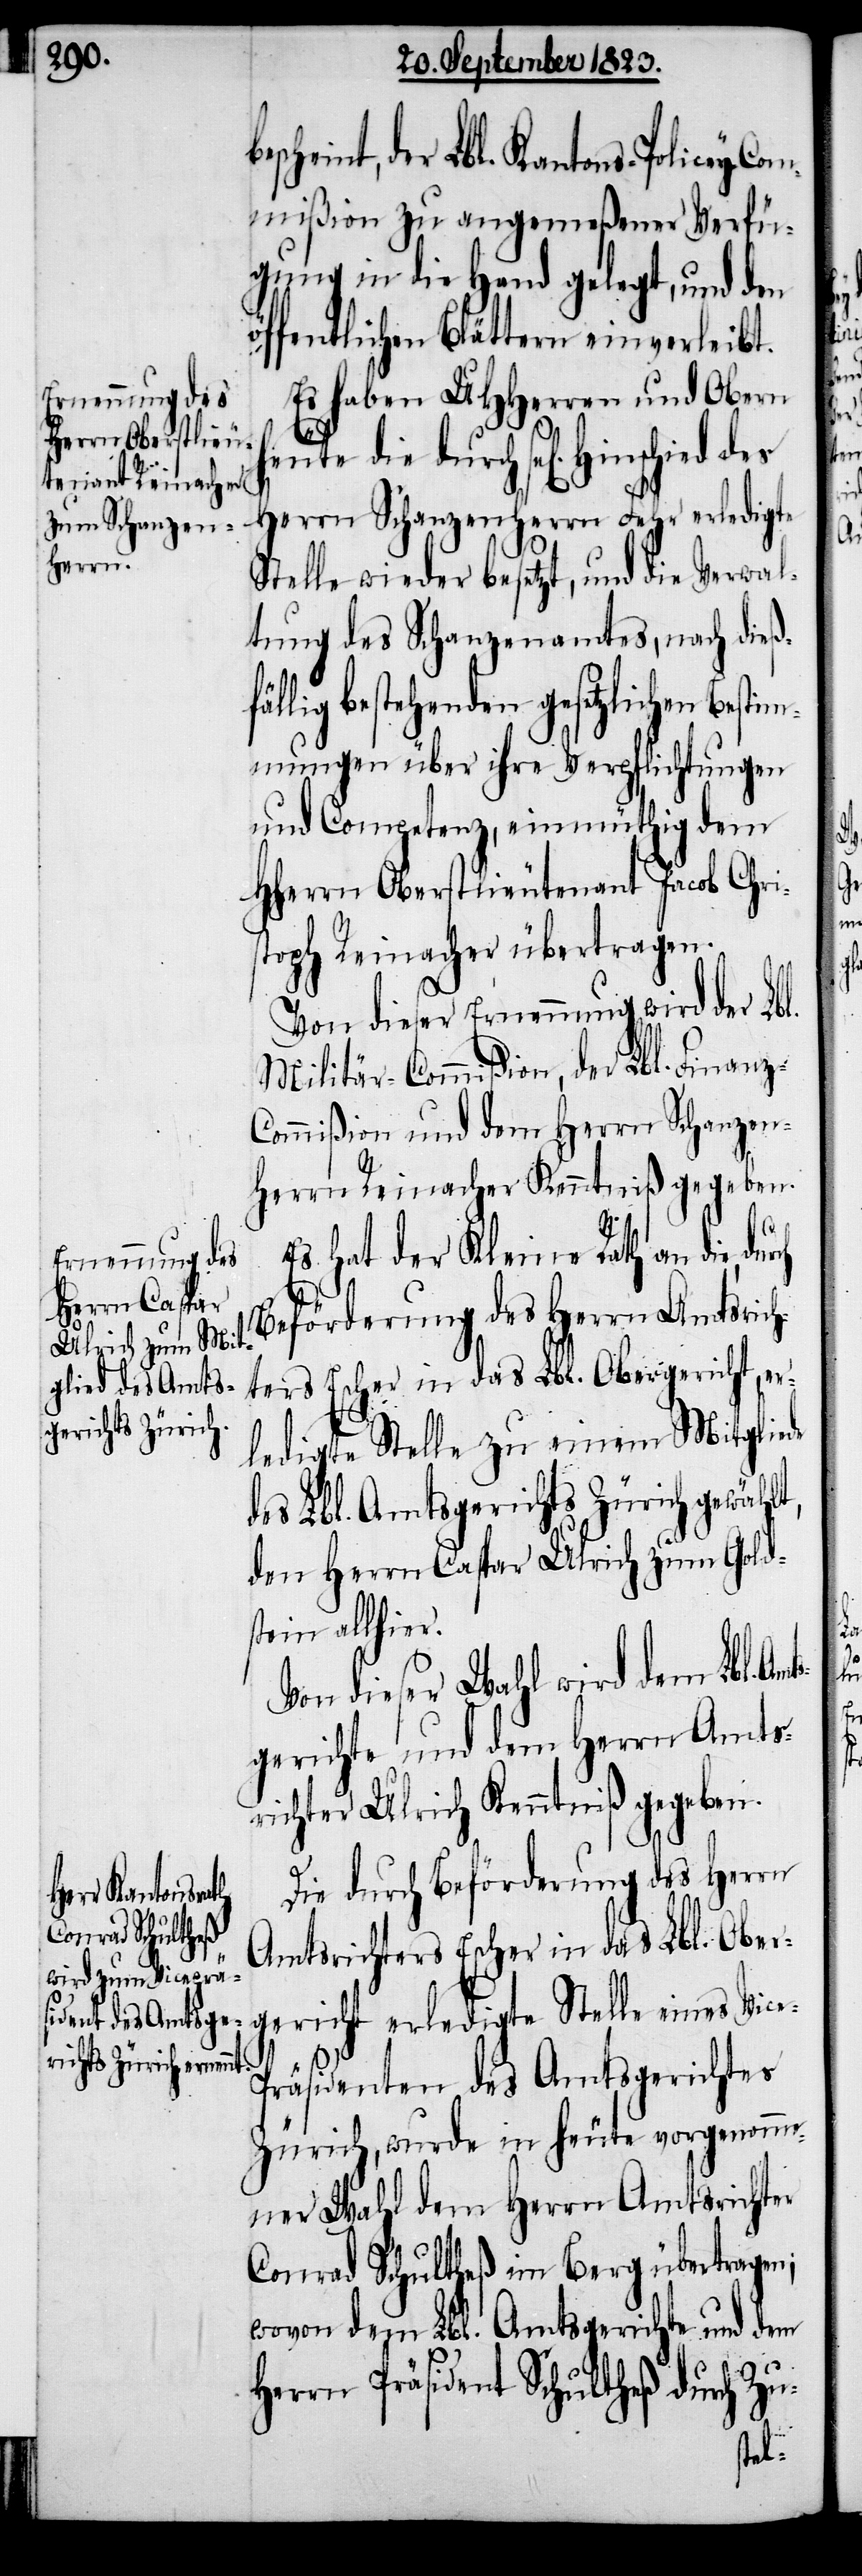
scheint, der Lbl. Kantons-Policey-Com¬
mißion zu angemeßener Verfü¬
gung in die Hand gelegt, und den
ffentlichen Blättern einverleibt.
Es haben UHHerren und Obern
eute die durch sel[igen] Hinschied
Herrn Schanzenherrn Fehr erledigte
Stelle wieder besetzt, und die Verwal¬
tung des Schanzenamtes, nach dieß¬
fällig bestehenden gesetzlichen Bestim¬
mungen über ihre Verpflichtungen
und Competenz, einmüthig dem
Hherrn Oberstlieutenant Jacob Chris¬
toph Reinacher übertragen.
Von dieser Ernennung wird der Lb¬
Militär-Commißion, der Lbl. Finanz-C¬
ommißion und dem Herrn Schanzen¬
herrn Reinacher Kenntniß gegeben.
e-P¬
Es hat der Kleine Rath an die,
Beförderung des Herrn Amtsrich¬
ters Escher in das Lbl. Obergericht, er¬
ledigte Stelle zu einem Mitgliede
des Lbl. Amtsgerichts Zürich gewählt,
den Herrn Caspar Ulrich zum Gold¬
stein allhier.
Von dieser Wahl wird dem Lbl. Am¬
gerichte und dem Herrn Amts¬
richter Ulrich Kenntniß gegeben.
Die durch Beförderung des Herrn
Amtsrichters Escher in das Lbl. Obe¬
rgericht erledigte Stelle eines Vic¬
räsidenten des Amtsgerichtes
Zürich, wurde in heute vorgenomme¬
ner Wahl dem Herrn Amtsrichter
Conrad Schultheß im Berg übertragen;
wovon dem Lbl. Amtsgerichte und dem
Herrn Präsident Schultheß durch Zu-
ts¬